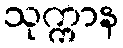
သုက္ကာန